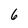
Character: 6